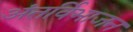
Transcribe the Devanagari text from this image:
अंतर्विभाजन